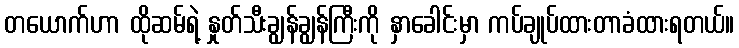
တယောက်ဟာ ထိုဆမ်ရဲ့ နှုတ်သီးချွန်ချွန်ကြီးကို နှာခေါင်းမှာ ကပ်ချုပ်ထားတာခံထားရတယ်။